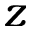
z